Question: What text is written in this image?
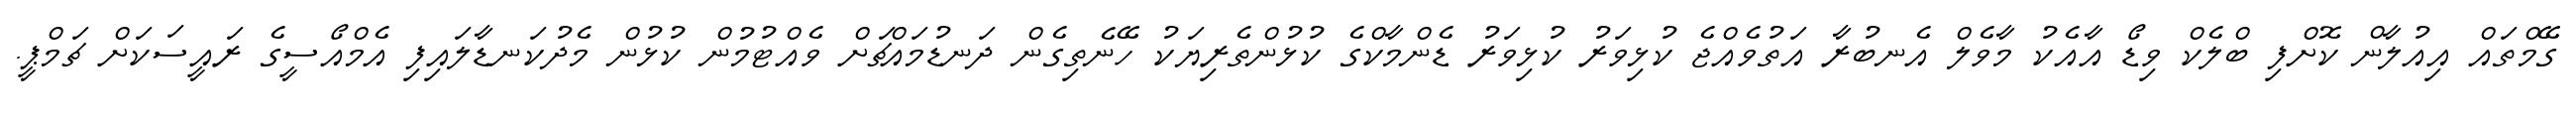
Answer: ގޭމްތައް އިއުލާން ކޮށްފި ބްލެކް ވިޑޯ އާއެކު މާވެލް އެނބުރާ އަތުވެއްޖެ ކުޅިވަރު ކުޅިވަރު ޑެންމާކްގެ ކުޅުންތެރިޔަކު ހޭނެތިގެން ދަނޑުމައްޗަށް ވެއްޓުމުން ކުޅުން މެދުކަނޑާލައިފި އެމްއޯސީގެ ރައީސަކަށް ޗަމްޕީ.